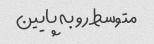
متوسط رو به پایین